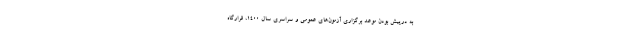
به درپیش بودن موعد برگزاری آزمون‌های عمومی و سراسری سال ۱۴۰۰، قرارگاه